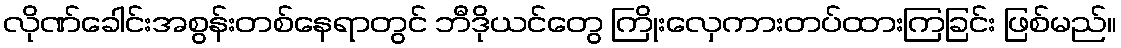
လိုဏ်ခေါင်းအစွန်းတစ်နေရာတွင် ဘီဒိုယင်တွေ ကြိုးလှေကားတပ်ထားကြခြင်း ဖြစ်မည်။